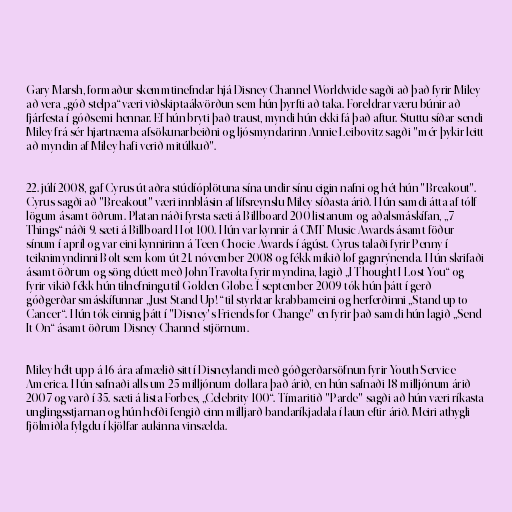
Gary Marsh, formaður skemmtinefndar hjá Disney Channel Worldwide sagði að það fyrir Miley
að vera „góð stelpa“ væri viðskiptaákvörðun sem hún þyrfti að taka. Foreldrar væru búnir að
fjárfesta í góðsemi hennar. Ef hún bryti það traust, myndi hún ekki fá það aftur. Stuttu síðar sendi
Miley frá sér hjartnæma afsökunarbeiðni og ljósmyndarinn Annie Leibovitz sagði "mér þykir leitt
að myndin af Miley hafi verið mitúlkuð".

22. júlí 2008, gaf Cyrus út aðra stúdíóplötuna sína undir sínu eigin nafni og hét hún "Breakout".
Cyrus sagði að "Breakout" væri innblásin af lífsreynslu Miley síðasta árið. Hún samdi átta af tólf
lögum ásamt öðrum. Platan náði fyrsta sæti á Billboard 200 listanum og aðalsmáskífan, „7
Things“ náði 9. sæti á Billboard Hot 100. Hún var kynnir á CMT Music Awards ásamt föður
sínum í apríl og var eini kynnirinn á Teen Chocie Awards í ágúst. Cyrus talaði fyrir Penny í
teiknimyndinni Bolt sem kom út 21. nóvember 2008 og fékk mikið lof gagnrýnenda. Hún skrifaði
ásamt öðrum og söng dúett með John Travolta fyrir myndina, lagið „I Thought I Lost You“ og
fyrir vikið fékk hún tilnefningu til Golden Globe. Í september 2009 tók hún þátt í gerð
góðgerðar-smáskífunnar „Just Stand Up!“ til styrktar krabbameini og herferðinni „Stand up to
Cancer“. Hún tók einnig þátt í "Disney's Friends for Change" en fyrir það samdi hún lagið „Send
It On“ ásamt öðrum Disney Channel-stjörnum.

Miley hélt upp á 16 ára afmælið sitt í Disneylandi með góðgerðarsöfnun fyrir Youth Service
America. Hún safnaði alls um 25 milljónum dollara það árið, en hún safnaði 18 milljónum árið
2007 og varð í 35. sæti á lista Forbes, „Celebrity 100“. Tímaritið "Parde" sagði að hún væri ríkasta
unglingsstjarnan og hún hefði fengið einn milljarð bandaríkjadala í laun eftir árið. Meiri athygli
fjölmiðla fylgdu í kjölfar aukinna vinsælda.